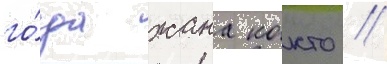
го́да жана кокто //